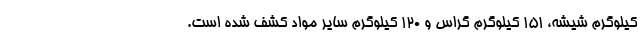
کیلوگرم شیشه، ۱۵۱ کیلوگرم گراس و ۱۲۰ کیلوگرم سایر مواد کشف شده است.